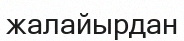
жалайырдан